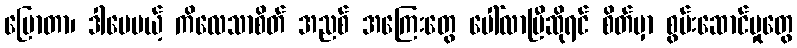
ပြောတာ၊ ဒါပေမယ့် ကိလေသာစိတ် အညစ် အကြေးတွေ ပေါ်လာပြီဆိုရင် စိတ်မှာ စွမ်းဆောင်မှုတွေ